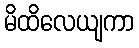
မိထိလေယျကာ